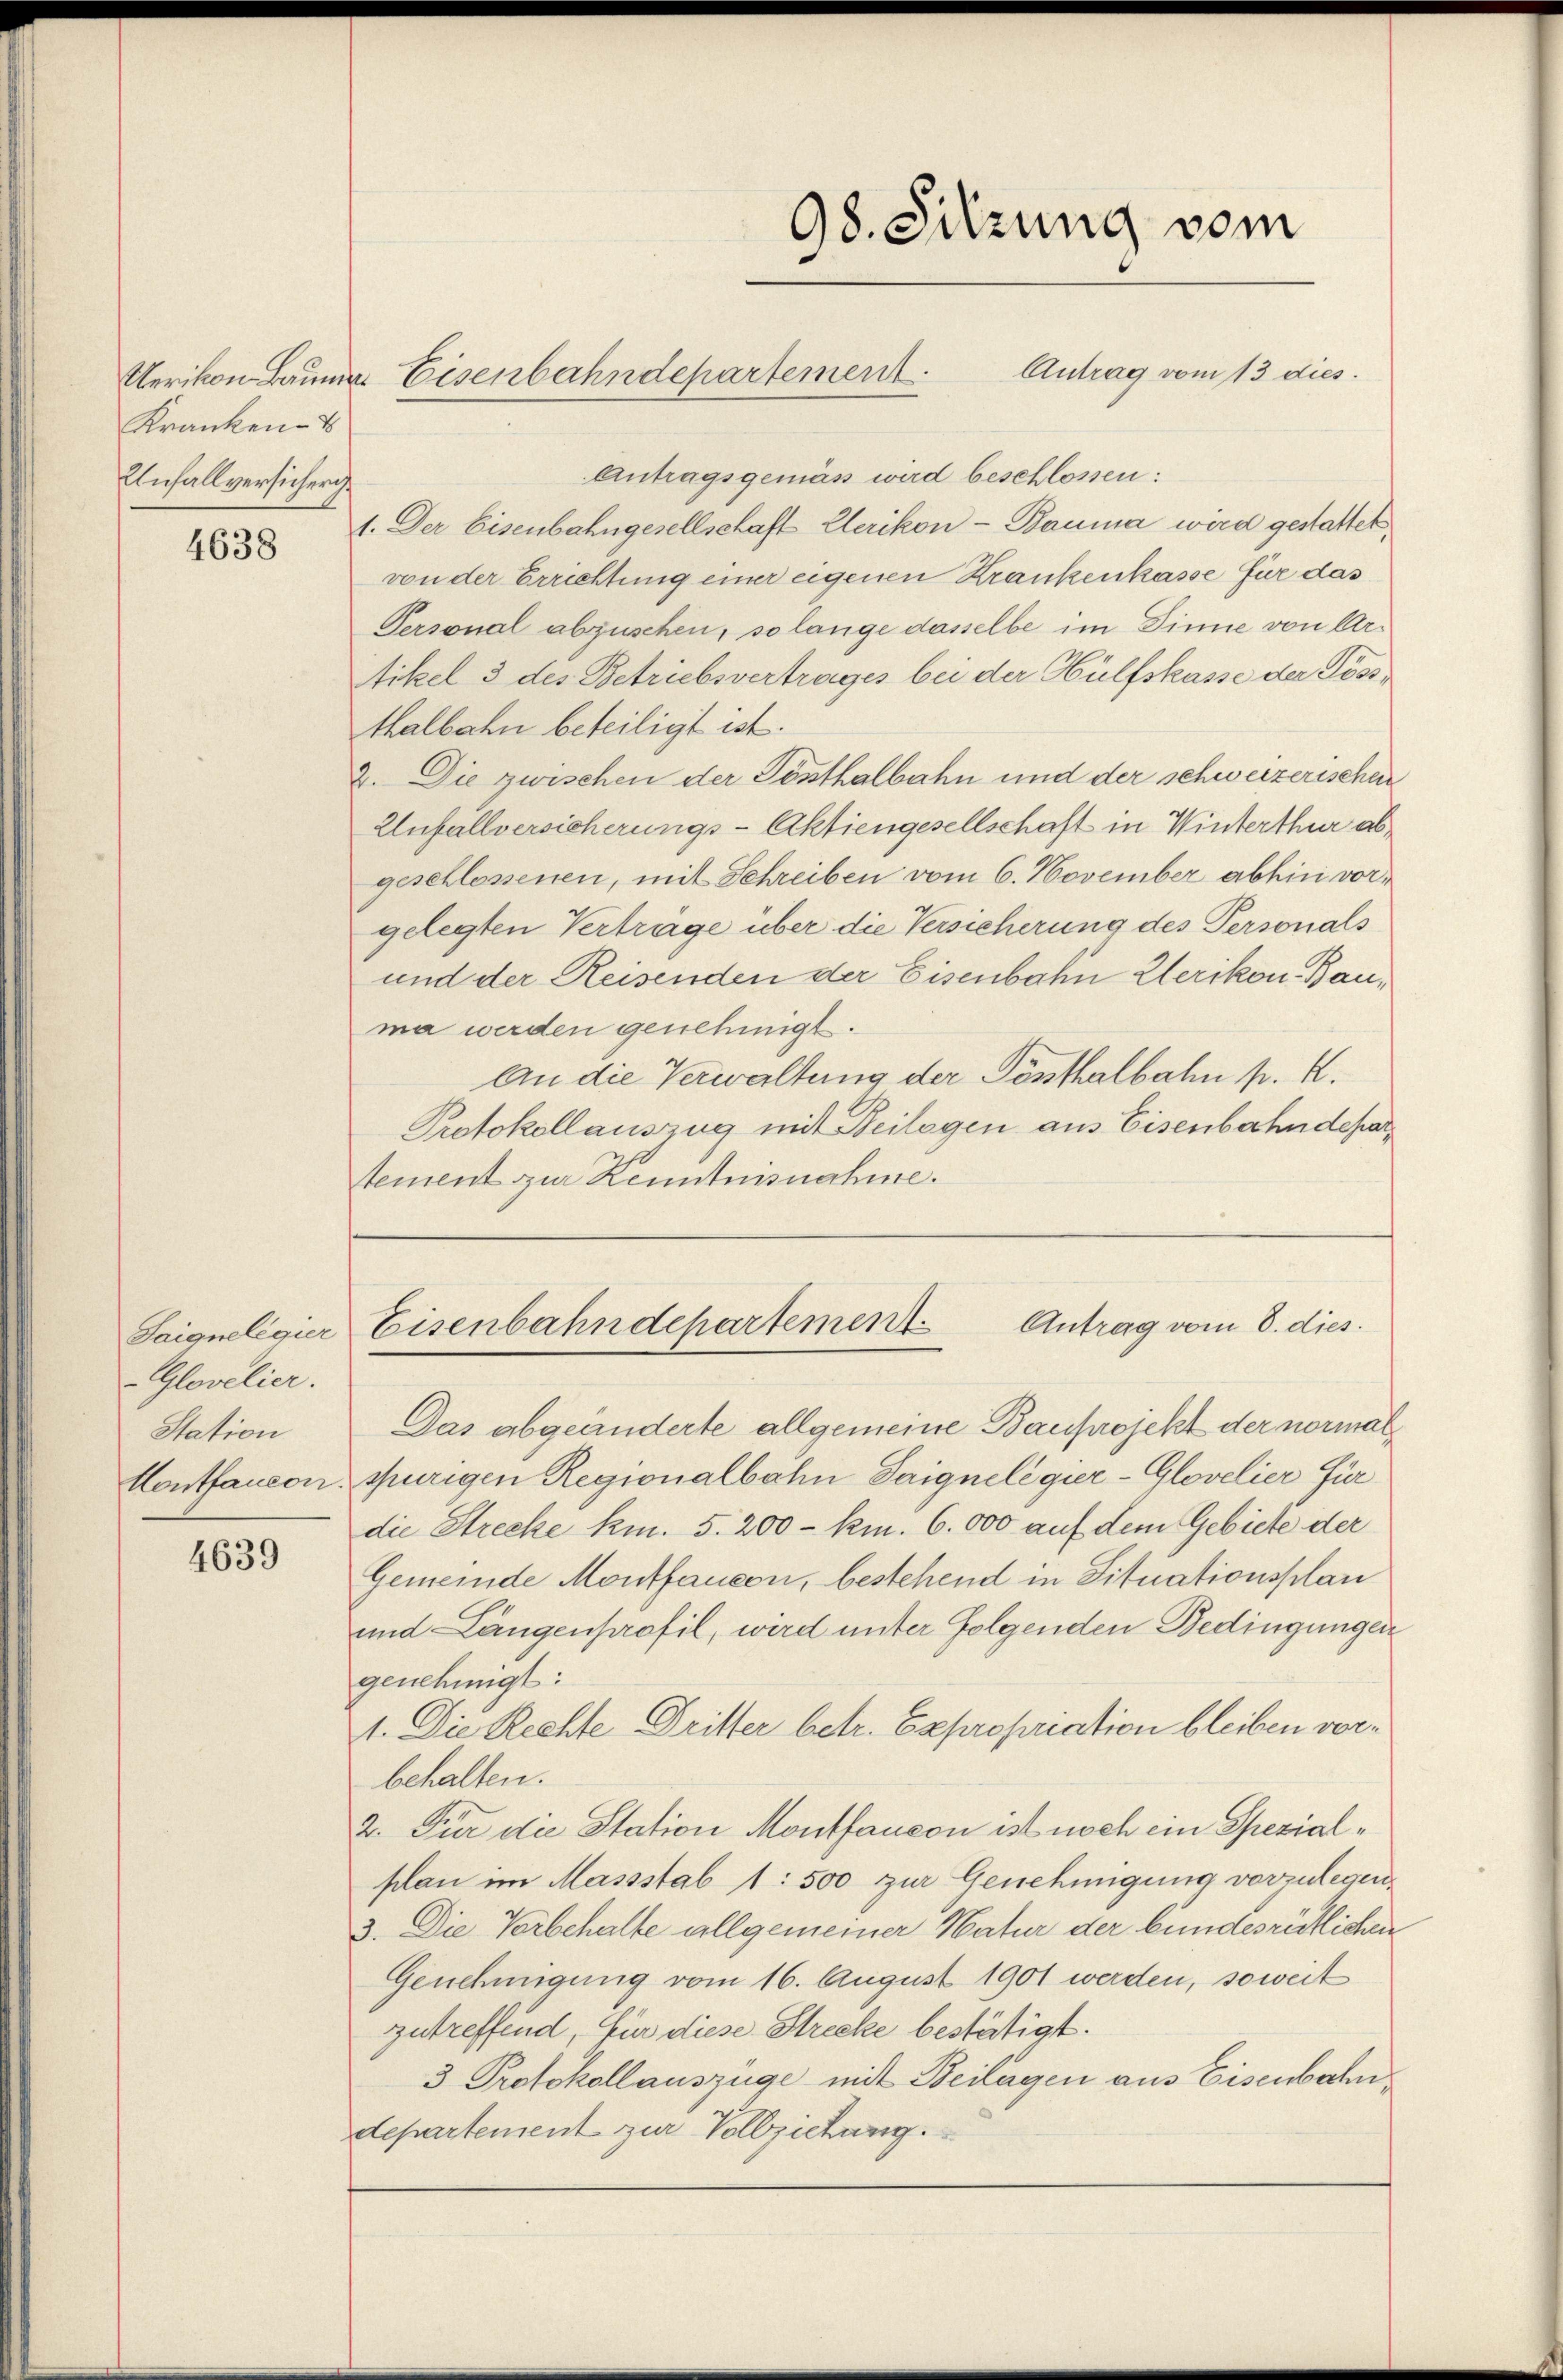
Kranken- u
Unfallversicher.

4638

Saignelegier
Glovelier.
Station
Hontfaucon.

4639

Antragsgemäß wird beschlossen:
1. Der Eisenbahngesellschaft Elerikon - Bauma wird gestattet,
von der Errichtung einer eigenen Krankenkasse für das
Personal abzusehen, so lange dasselbe im Sinne von Artikel 3 des Betriebsvertrages bei der Hülfskasse der Kössthalbahn beteiligt ist.
2. Die zwischen der Posthalbahn und der schweizerischen
Unfallversicherungs-Aktiengesellschaft in Winterthur abgeschlossenen, mit Schreiben vom 6. November abhin vorgelegten Verträge über die Versicherung des Personals
und der Reisenden der Eisenbahn Elerikon Bauma werden genehmigt.
An die Verwaltung der Posthalbahn p. C.
Protokollauszug mit Beilagen aus Eisenbahndepartement zur Kenntnisnahme.

Das abgeänderte allgemeine Bauprojekt der normalspurigen Regionalbahn Saignelegier-Glovelier für
die Strecke km. 5. 200 - kn. 6. 000 auf dem Gebiete der
Gemeinde Montfausen, bestehend in Situationsplan
und Längenprofil, wird unter folgenden Bedingungen
genehmigt:
1. Die Rechte Dritter betr. Expropriation bleiben vorbehalten.
2. Für die Station Montfaucon ist noch ein Spezialplan im Massstab 1: 500 zur Genehmigung vorzulegen.
3. Die Vorbehalte allgemeiner Natur der bundesrätlichen
Genehmigung vom 16. August 1901 werden, soweit
zutreffend, für diese Strecke bestätigt.
3 Protokollauszüge mit Beilagen aus Eisenbahn
departement zur Vollziehung.

98. Sitzung vom

Uerikon Bauma Eisenbahndepartement. Antrag vom 13 dies

Antrag vom 8. dies.
Eisenbahndepartement